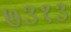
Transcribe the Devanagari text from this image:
७३१३